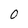
Character: 0